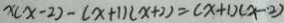
x ( x - 2 ) - ( x + 1 ) ( x + 2 ) = ( x + 1 ) ( x - \cdot 2 )